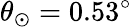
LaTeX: \theta_{\odot}=0.53^{\circ}